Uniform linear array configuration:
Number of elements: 32
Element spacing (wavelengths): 0.75
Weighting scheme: hamming
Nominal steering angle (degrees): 45
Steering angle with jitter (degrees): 43.519
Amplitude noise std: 0.05
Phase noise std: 0.05

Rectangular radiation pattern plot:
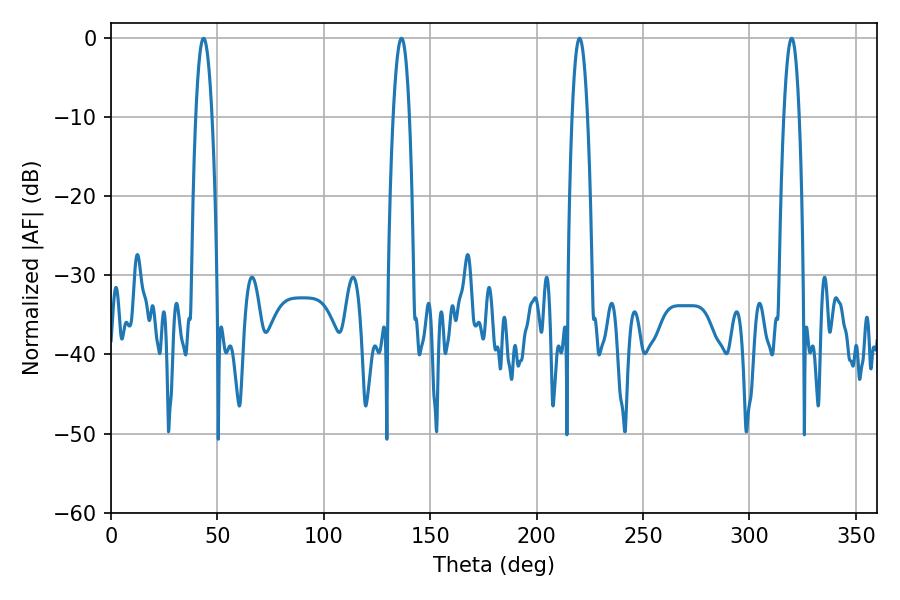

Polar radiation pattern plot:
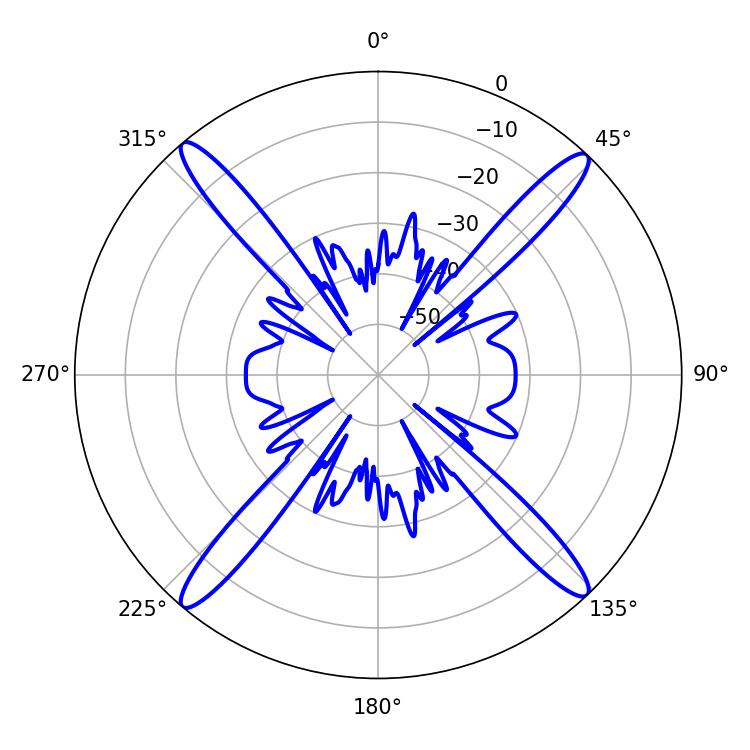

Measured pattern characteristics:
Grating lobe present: TRUE
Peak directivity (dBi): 22.087
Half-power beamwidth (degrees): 3.96
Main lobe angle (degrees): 220.14